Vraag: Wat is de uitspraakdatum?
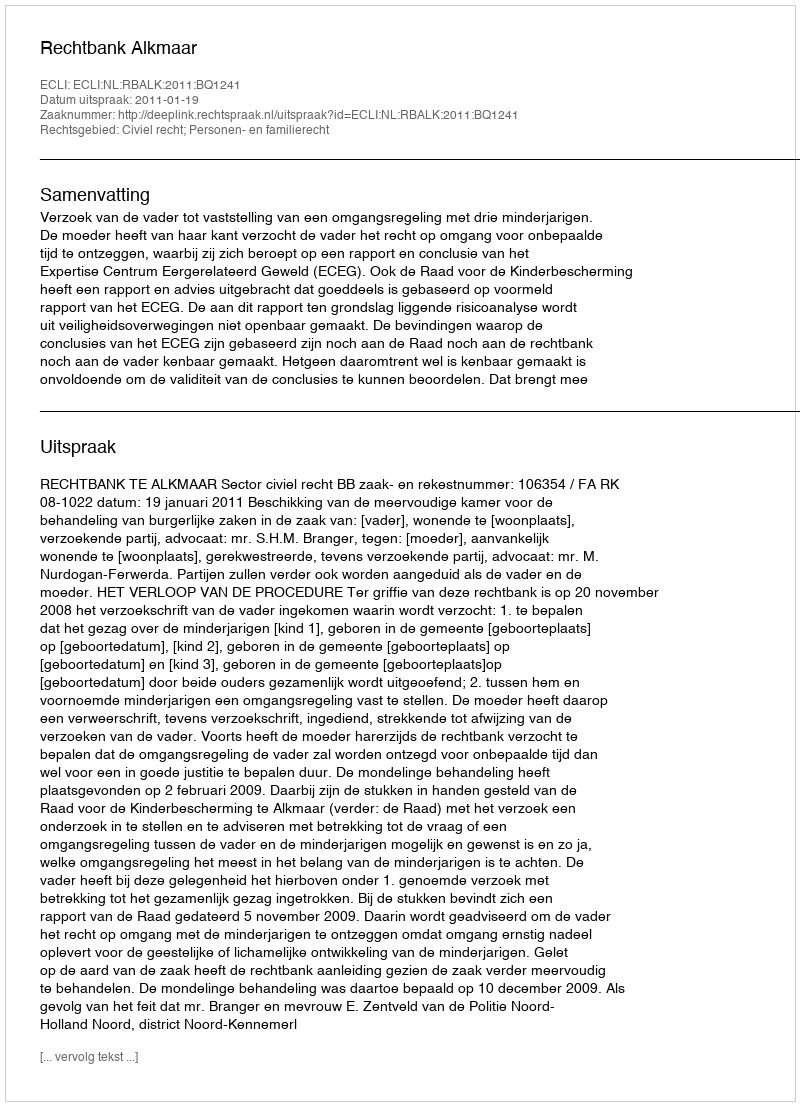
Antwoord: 2011-01-19